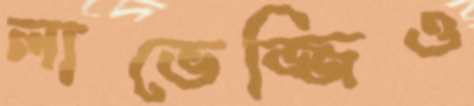
লাভেজ্জিও